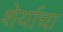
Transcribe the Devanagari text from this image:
शेर्याचा